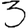
Digit: 3